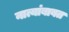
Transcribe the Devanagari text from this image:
नात्यांबाबत